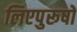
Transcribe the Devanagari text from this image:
लिएपुरूषों